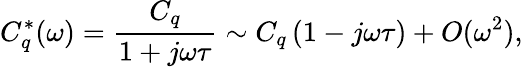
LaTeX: C_{q}^{*}(\omega)=\frac{C_{q}}{1+j\omega\tau}\sim C_{q}\left(1-j\omega\tau\right)+O(\omega^{2}),